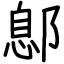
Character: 鄎